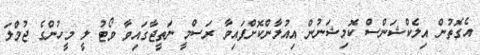
އެގޮތުން އިލެކްޝަންސް ކޮމިޝަނުން އިއުލާންކޮށްފައިވާ ރަސްމީ ނަތީޖާގައިވާ ވޯޓު ލީ މީހުންގެ ޖުމްލަ